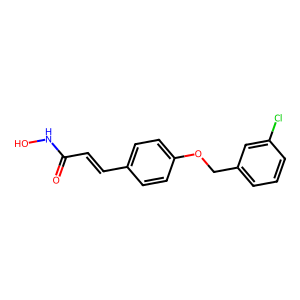
SMILES: O=C(C=Cc1ccc(OCc2cccc(Cl)c2)cc1)NO
Inhibits HIV replication: No